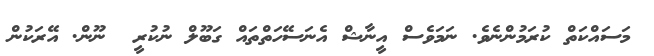
މަސައްކަތް ކުރަމުންނެވެ. ނަމަވެސް އީނާޝް އެނަސޭހަތްތައް ގަބޫލް ނުކުރީ  ނޫން. އޭރަކުން